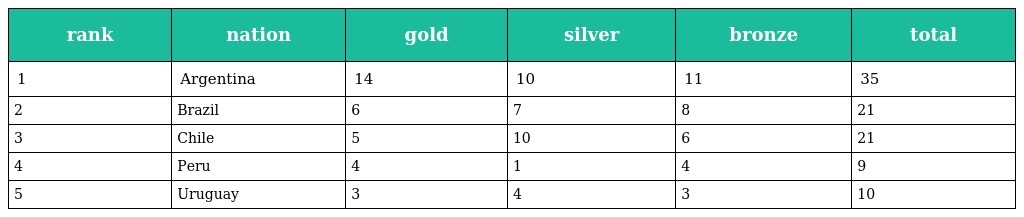
| rank | nation | gold | silver | bronze | total |
 | --- | --- | --- | --- | --- | --- |
 | 1 | Argentina | 14 | 10 | 11 | 35 |
 | 2 | Brazil | 6 | 7 | 8 | 21 |
 | 3 | Chile | 5 | 10 | 6 | 21 |
 | 4 | Peru | 4 | 1 | 4 | 9 |
 | 5 | Uruguay | 3 | 4 | 3 | 10 |